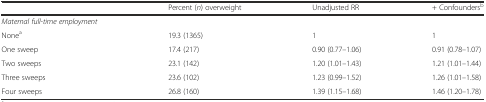
|  | Percent (n) overweight | Unadjusted RR | + Confoundersb |
 | --- | --- | --- | --- |
 | Maternal full-time employment |  |  |  |
 | Nonea | 19.3 (1365) | 1 | 1 |
 | One sweep | 17.4 (217) | 0.90 (0.77–1.06) | 0.91 (0.78–1.07) |
 | Two sweeps | 23.1 (142) | 1.20 (1.01–1.43) | 1.21 (1.01–1.44) |
 | Three sweeps | 23.6 (102) | 1.23 (0.99–1.52) | 1.26 (1.01–1.58) |
 | Four sweeps | 26.8 (160) | 1.39 (1.15–1.68) | 1.46 (1.20–1.78) |